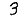
Digit: 3